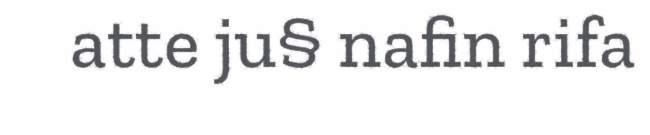
atte ju§ nafin rifa